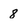
Character: 8